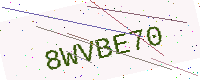
Text: 8WVBE70